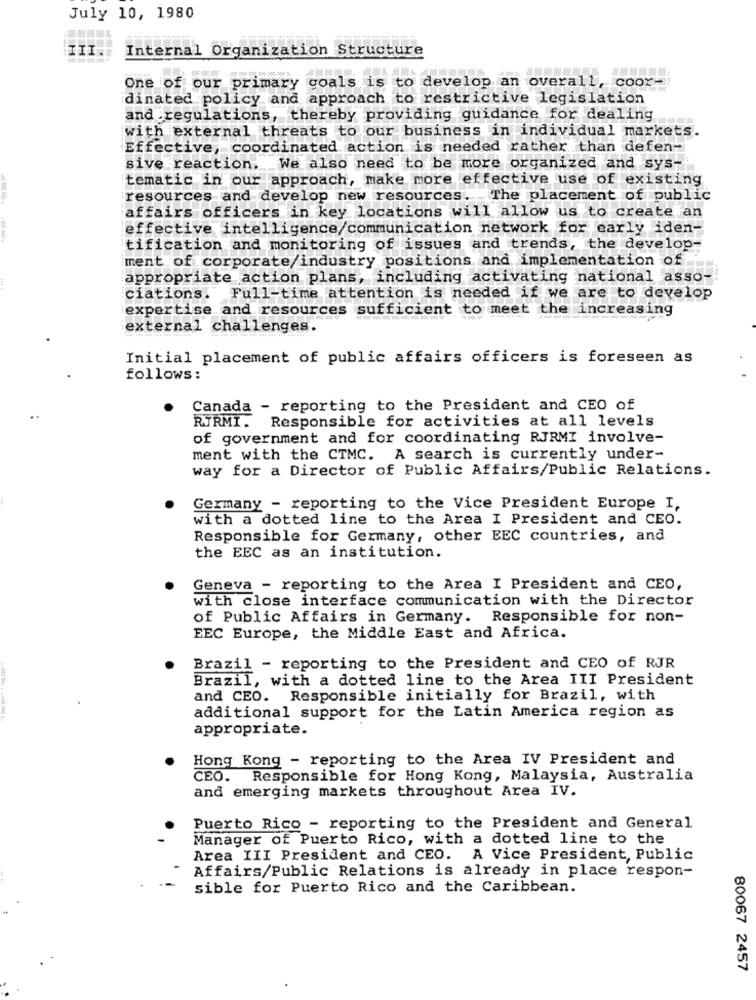
July 10, 1980
Internal Organization Structure
One of our primary goals is to develop an overall, coor-
dinated policy and approach to restrictive legislation
and regulations, thereby providing guidance for dealing
with external threats to our business in individual markets.
Effective, coordinated action is needed rather than defen-
sive reaction. We also need to be more organized and sys-
tematic in our approach, make more effective use of existing
resources and develop new resources. . The placement of public
affairs officers in key locations will allow us to create an
effective intelligence/communication network for early iden-
tification and monitoring of issues and trends, the develop-
ment of corporate/industry positions and implementation of
appropriate action plans, including activating national asso-
ciations. Full-time attention is needed if we are to develop
expertise and resources sufficient to meet the increasing
external challenges.
Initial placement of public affairs officers is foreseen as
follows:
Canada - reporting to the President and CEO of
RTRMI. Responsible for activities at all levels
of government and for coordinating RJRMI involve-
ment with the CTMC. A search is currently under-
way for a Director of Public Affairs/Public Relations.
Germany - reporting to the Vice President Europe I,
with a dotted line to the Area I President and CEO.
Responsible for Germany, other EEC countries, and
the EEC as an institution.
Geneva - reporting to the Area I President and CEO,
with close interface communication with the Director
of Public Affairs in Germany. Responsible for non-
EEC Europe, the Middle East and Africa.
Brazil - reporting to the President and CEO of RJR
Brazil, with a dotted line to the Area III President
and CEO. Responsible initially for Brazil, with
additional support for the Latin America region as
appropriate.
Hong Kong - reporting to the Area IV President and
CEO. Responsible for Hong Kong, Malaysia, Australia
and emerging markets throughout Area IV.
Puerto Rico - reporting to the President and General
Manager of Puerto Rico, with a dotted line to the
Area III President and CEO. A Vice President, Public
Affairs/Public Relations is already in place respon-
sible for Puerto Rico and the Caribbean.
80067 2457